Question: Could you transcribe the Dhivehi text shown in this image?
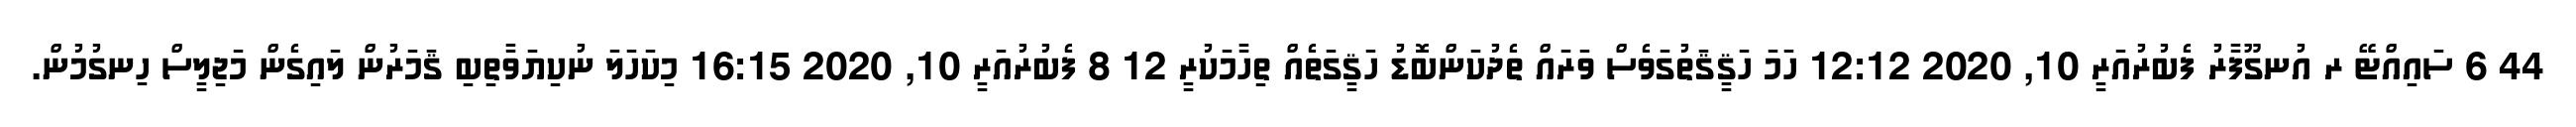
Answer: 44 6 ސައިއްޓޭ ރ އުނގޫފާރު ފެބުރުއަރީ 10, 2020 12:12 ހަމަ ހަޤީޤަތުގަވެސް ވަރައް ތެދުކަންބޮޑު ހަޤީގަތެއް ތިހާމަކުރީ 12 8 ފެބުރުއަރީ 10, 2020 16:15 މިކަހަލަ ނުކިޔަވާތިބި ޤަމަރުން ލައިގެން މަޖިލީސް ހިނގުމުން.